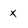
Character: x